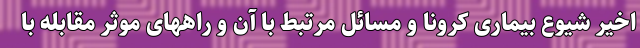
اخیر شیوع بیماری کرونا و مسائل مرتبط با آن و راههای موثر مقابله با